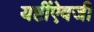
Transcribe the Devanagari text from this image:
यष्टींऐवजी